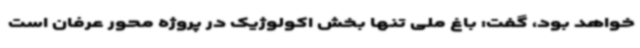
خواهد بود، گفت: باغ ملی تنها بخش اکولوژیک در پروژه محور عرفان است